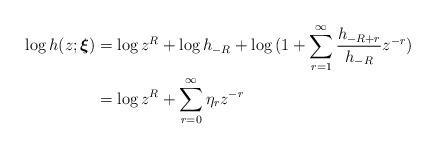
LaTeX: \begin{align*}\log{h(z;\boldsymbol{\xi})}&=\log{z^R}+\log{h_{-R}}+\log{(1+\sum_{r=1}^{\infty}\frac{h_{-R+r}}{h_{-R}}z^{-r})} \\&=\log{z^R}+\sum_{r=0}^{\infty}\eta_r z^{-r} \end{align*}